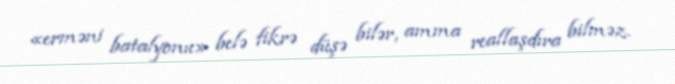
«erməni batalyonu» belə fikrə düşə bilər, amma reallaşdıra bilməz.